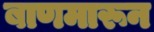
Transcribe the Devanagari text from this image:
बाणमारून